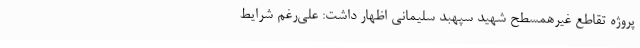
پروژه تقاطع غیرهمسطح شهید سپهبد سلیمانی اظهار داشت: علی‌رغم شرایط